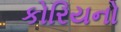
કોરિયનો